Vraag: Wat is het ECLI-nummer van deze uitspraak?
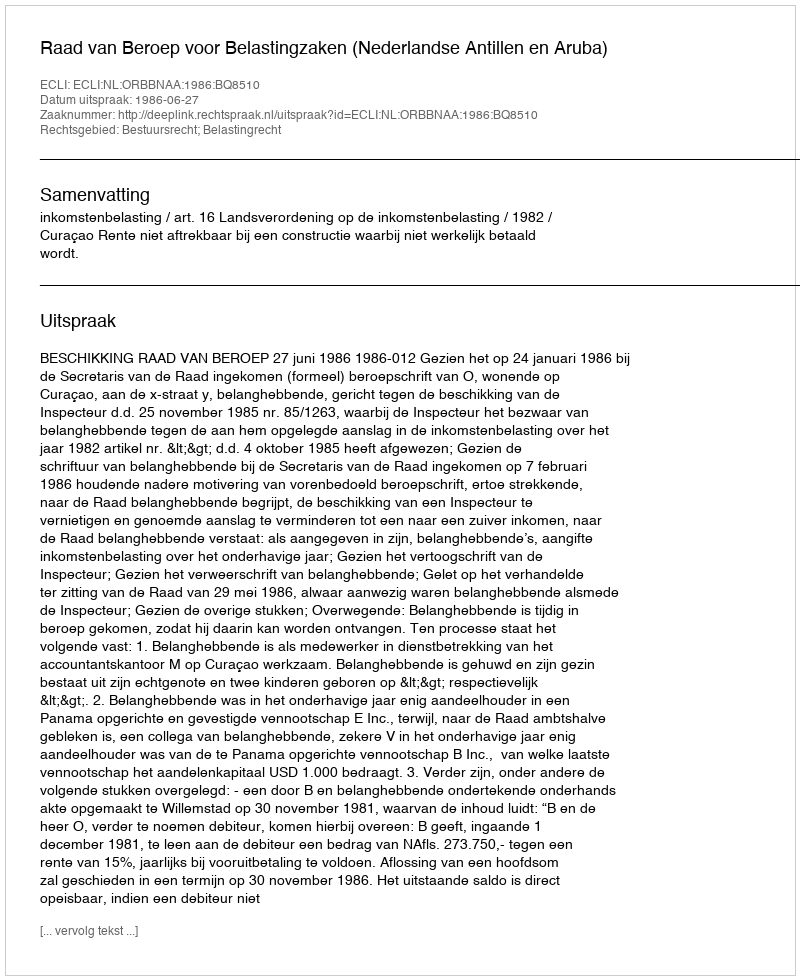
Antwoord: ECLI:NL:ORBBNAA:1986:BQ8510